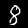
Label: 8